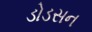
ડોડસન